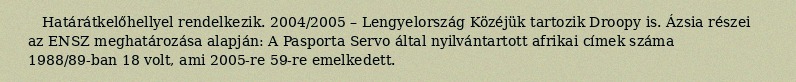
Határátkelőhellyel rendelkezik. 2004/2005 – Lengyelország Közéjük tartozik Droopy is. Ázsia részei az ENSZ meghatározása alapján: A Pasporta Servo által nyilvántartott afrikai címek száma 1988/89-ban 18 volt, ami 2005-re 59-re emelkedett.